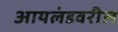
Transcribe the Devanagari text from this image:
आयलंडवरील